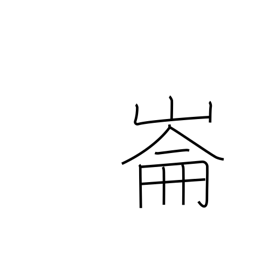
Meaning: place name